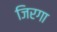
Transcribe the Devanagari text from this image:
जिरगा